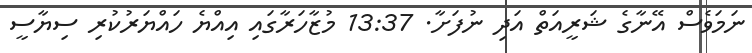
ނަމަވެސް އޭނާގެ ޝަރީއަތް އަދި ނުފަށާ. 13:37 މުޒާހަރާގައި އިއްޔެ ހައްޔަރުކުރި ސިޔާސީ